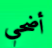
أضحي